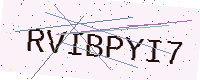
Text: RVIBPYI7